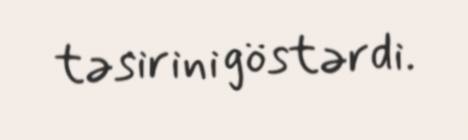
təsirini göstərdi.